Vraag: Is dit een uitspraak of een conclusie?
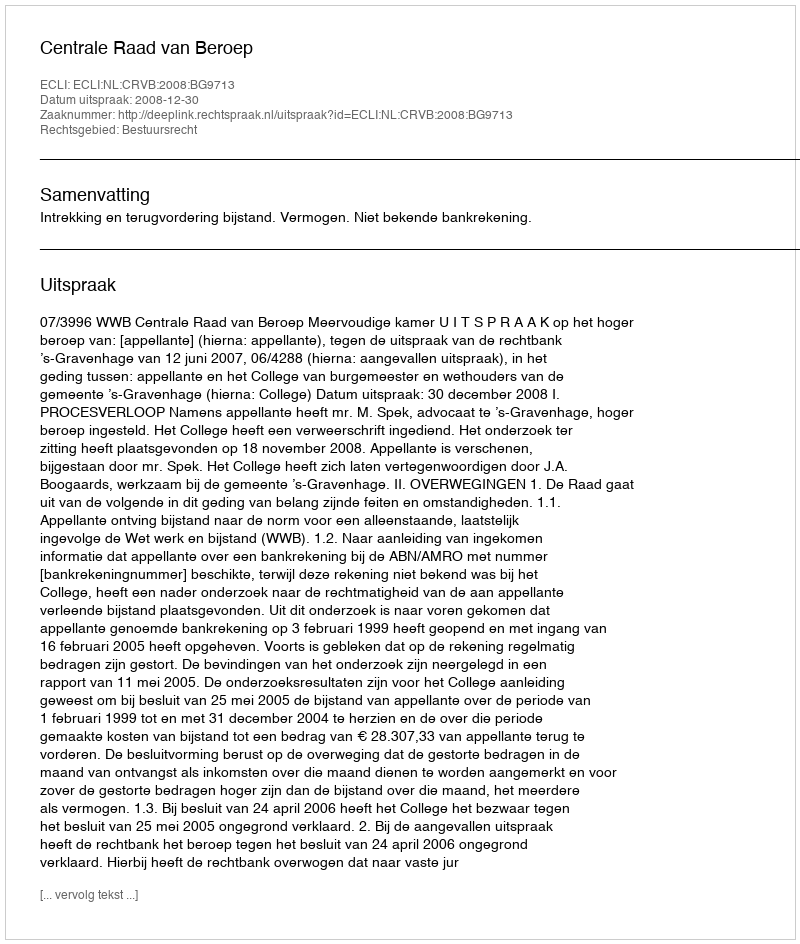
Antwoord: Uitspraak